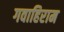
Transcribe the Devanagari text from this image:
गवाहिराम